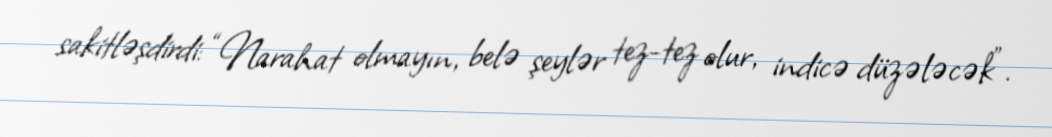
sakitləşdirdi: “Narahat olmayın, belə şeylər tez-tez olur, indicə düzələcək”.